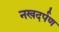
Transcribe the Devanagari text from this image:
नखदर्पण